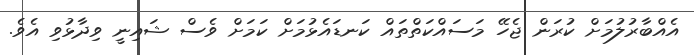
އެއްބާރުލުމަށް ކުރަން ޖެހޭ މަސައްކަތްތައް ކަނޑައެޅުމަށް ކަމަށް ވެސް ޝައިނީ ވިދާޅުވި އެވެ.